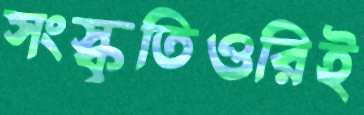
সংস্কৃতিওরিই